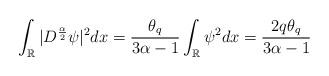
LaTeX: \begin{align*} \int_{\mathbb R} |D^{\frac{\alpha}2}\psi|^2dx=\frac{\theta_q}{3\alpha-1} \int_{\mathbb R} \psi^2 dx=\frac{2q\theta_q}{3\alpha-1} \end{align*}